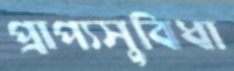
প্রাপ্যসুবিধা